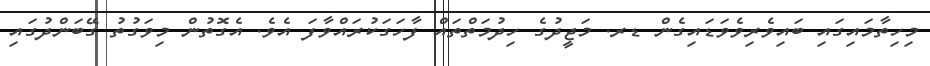
މިހިތާމައިގައި ބައިވެރިވެވަޑައިގެން ޑރ. މަޖީދުގެ ހިދުމަތްތައް ފާހަގަކުރައްވާފަ އެވެ. އެގޮތުން މިވަގުތު ގޭބަންދުގައި